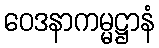
ဝေဒနာကမ္မဋ္ဌာနံ